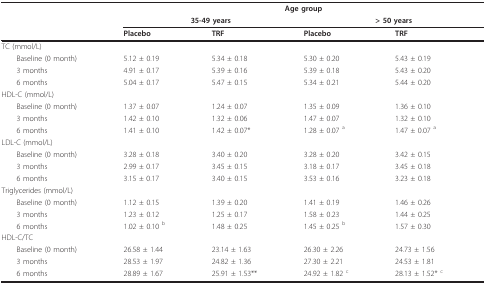
<table><thead><tr><td></td><td colspan="4"><b>Age group</b></td></tr><tr><td></td><td colspan="2"><b>35-49 years</b></td><td colspan="2"><b>&gt; 50 years</b></td></tr><tr><td></td><td><b>Placebo</b></td><td><b>TRF</b></td><td><b>Placebo</b></td><td><b>TRF</b></td></tr></thead><tbody><tr><td>TC (mmol/L)</td><td></td><td></td><td></td><td></td></tr><tr><td> Baseline (0 month)</td><td>5.12 ± 0.19</td><td>5.34 ± 0.18</td><td>5.30 ± 0.20</td><td>5.43 ± 0.19</td></tr><tr><td> 3 months</td><td>4.91 ± 0.17</td><td>5.39 ± 0.16</td><td>5.39 ± 0.18</td><td>5.43 ± 0.20</td></tr><tr><td> 6 months</td><td>5.04 ± 0.17</td><td>5.47 ± 0.15</td><td>5.34 ± 0.21</td><td>5.44 ± 0.20</td></tr><tr><td>HDL-C (mmol/L)</td><td></td><td></td><td></td><td></td></tr><tr><td> Baseline (0 month)</td><td>1.37 ± 0.07</td><td>1.24 ± 0.07</td><td>1.35 ± 0.09</td><td>1.36 ± 0.10</td></tr><tr><td> 3 months</td><td>1.42 ± 0.10</td><td>1.32 ± 0.06</td><td>1.47 ± 0.07</td><td>1.32 ± 0.10</td></tr><tr><td> 6 months</td><td>1.41 ± 0.10</td><td>1.42 ± 0.07*</td><td>1.28 ± 0.07 <sup>a</sup></td><td>1.47 ± 0.07 <sup>a</sup></td></tr><tr><td>LDL-C (mmol/L)</td><td></td><td></td><td></td><td></td></tr><tr><td> Baseline (0 month)</td><td>3.28 ± 0.18</td><td>3.40 ± 0.20</td><td>3.28 ± 0.20</td><td>3.42 ± 0.15</td></tr><tr><td> 3 months</td><td>2.99 ± 0.17</td><td>3.45 ± 0.15</td><td>3.18 ± 0.17</td><td>3.45 ± 0.18</td></tr><tr><td> 6 months</td><td>3.15 ± 0.17</td><td>3.40 ± 0.15</td><td>3.53 ± 0.16</td><td>3.23 ± 0.18</td></tr><tr><td>Triglycerides (mmol/L)</td><td></td><td></td><td></td><td></td></tr><tr><td> Baseline (0 month)</td><td>1.12 ± 0.15</td><td>1.39 ± 0.20</td><td>1.41 ± 0.19</td><td>1.46 ± 0.26</td></tr><tr><td> 3 months</td><td>1.23 ± 0.12</td><td>1.25 ± 0.17</td><td>1.58 ± 0.23</td><td>1.44 ± 0.25</td></tr><tr><td> 6 months</td><td>1.02 ± 0.10 <sup>b</sup></td><td>1.48 ± 0.25</td><td>1.45 ± 0.25 <sup>b</sup></td><td>1.57 ± 0.30</td></tr><tr><td>HDL-C/TC</td><td></td><td></td><td></td><td></td></tr><tr><td> Baseline (0 month)</td><td>26.58 ± 1.44</td><td>23.14 ± 1.63</td><td>26.30 ± 2.26</td><td>24.73 ± 1.56</td></tr><tr><td> 3 months</td><td>28.53 ± 1.97</td><td>24.82 ± 1.36</td><td>27.30 ± 2.21</td><td>24.53 ± 1.81</td></tr><tr><td> 6 months</td><td>28.89 ± 1.67</td><td>25.91 ± 1.53**</td><td>24.92 ± 1.82 <sup>c</sup></td><td>28.13 ± 1.52* <sup>c</sup></td></tr></tbody></table>